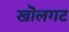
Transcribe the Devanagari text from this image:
खॊलगट